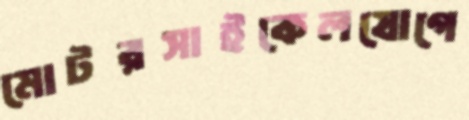
মোটরসাইকেলযোগে